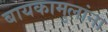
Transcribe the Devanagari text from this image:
बायकामुलांना